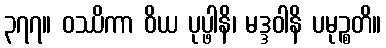
၃၇၇။ ဝဿိကာ ဝိယ ပုပ္ဖါနိ၊ မဒ္ဒဝါနိ ပမုဉ္စတိ။